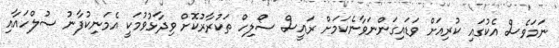
ނަމަވެސް އެކުގައި ކުރިއަށް ވަޑައިގަންނަވާނެކަމަށް ރައީސް ސޯލިހް ތަކުރާރުކޮށް ވިދާޅުވުމަކީ އެމަނިކުފާނު ސުލްހައާއި